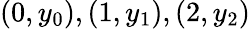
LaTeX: (0,y_{0}),(1,y_{1}),(2,y_{2})